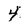
Character: 4